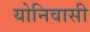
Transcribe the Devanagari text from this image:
योनिवासी